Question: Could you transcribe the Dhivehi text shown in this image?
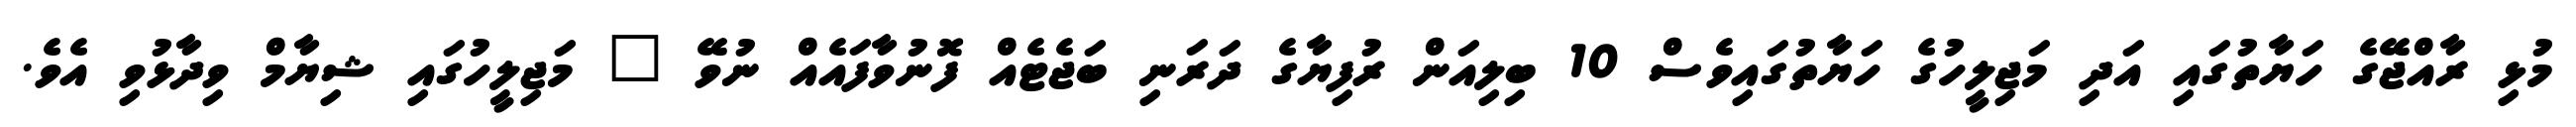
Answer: މުޅި ރާއްޖޭގެ ހަޔާތުގައި އަދި މަޖިލީހުގެ ހަޔާތުގައިވެސް 10 ބިލިއަން ރުފިޔާގެ ދަރަނި ބަޖެޓެއް ފޮނުވާފައެއް ނުވޭ " މަޖިލީހުގައި ޝިޔާމް ވިދާޅުވި އެވެ.